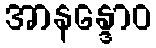
အာနန္ဒောဝ